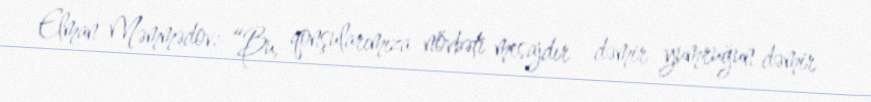
Elman Məmmədov: “Bu, qonşularımıza növbəti mesajdır - dəmir yumruğun dəmir